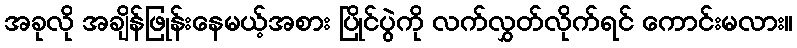
အခုလို အချိန်ဖြုန်းနေမယ့်အစား ပြိုင်ပွဲကို လက်လွှတ်လိုက်ရင် ကောင်းမလား။